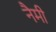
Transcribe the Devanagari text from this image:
नैमी